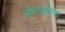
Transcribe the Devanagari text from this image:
होराकोण